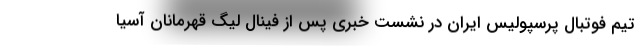
تیم فوتبال پرسپولیس ایران در نشست خبری پس از فینال لیگ قهرمانان آسیا